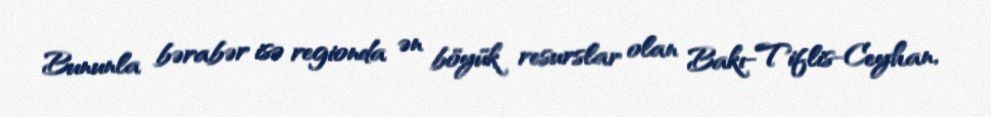
Bununla bərabər isə regionda ən böyük resurslar olan Bakı-Tiflis-Ceyhan,